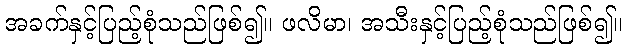
အခက်နှင့်ပြည့်စုံသည်ဖြစ်၍။ ဖလိမာ၊ အသီးနှင့်ပြည့်စုံသည်ဖြစ်၍။